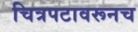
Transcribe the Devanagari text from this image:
चित्रपटावरूनच